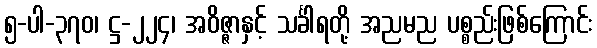
၅-ပါ-၃၇၀၊ ဋ္ဌ-၂၂၄၊ အဝိဇ္ဇာနှင့် သင်္ခါရတို့ အညမည ပစ္စည်းဖြစ်ကြောင်း